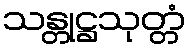
သန္တုဋ္ဌသုတ္တံ